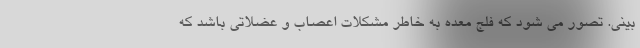
بینی. تصور می شود که فلج معده به خاطر مشکلات اعصاب و عضلاتی باشد که